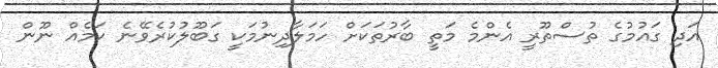
އަދި ގައުމުގެ ތުސްތޫރީ އެންމެ މަތީ ބާރުތަކަށް ހަމަލާދިނުމަކީ ގަބޫލުކުރެވޭނެ ކަމެއް ނޫން